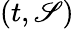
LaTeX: (t,\mathscr{S})